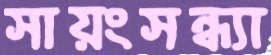
সায়ংসন্ধ্যা